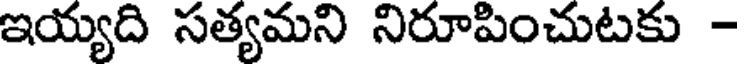
ఇయ్యది సత్యమని నిరూపించుటకు -